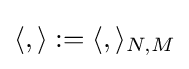
\langle ,\rangle :=\langle ,\rangle _{N,M}